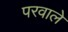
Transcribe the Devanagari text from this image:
परवाले